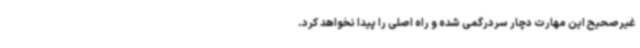
غیرصحیح این مهارت دچار سردرگمی شده و راه اصلی را پیدا نخواهد کرد.